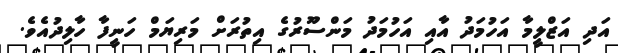
އަދި އަޒްލީމާ އަހުމަދު އާއި އަހުމަދު މަންސޫރުގެ އިތުރަށް މަރިޔަމް ހަނީފާ ހާލިދުއެވެ.